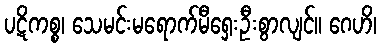
ပဋိကစ္စ၊ သေမင်းမရောက်မီရှေးဦးစွာလျင်။ ဂေဟိ၊